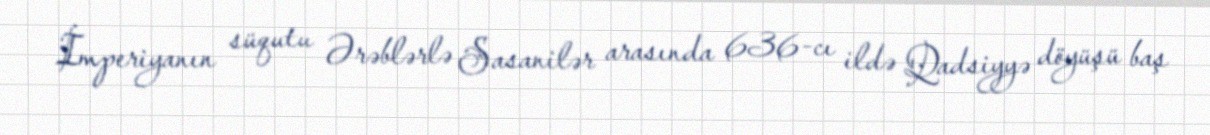
İmperiyanın süqutu Ərəblərlə Sasanilər arasında 636-cı ildə Qadsiyyə döyüşü baş